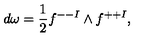
d \omega = { \frac { 1 } { 2 } } f ^ { -- I } \wedge f ^ { + + I } ,